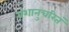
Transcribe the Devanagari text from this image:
वंशानुचरितं